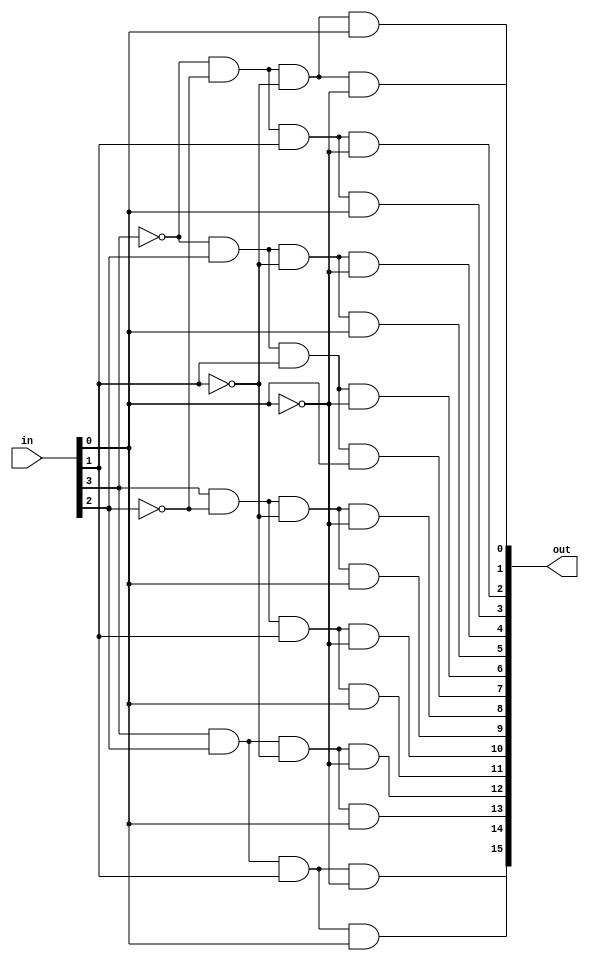
module Decoder4x16(in, out);
	input [3:0]in;
	output [15:0]out;
	
	assign out[0] = ~in[3]&~in[2]&~in[1]&~in[0];
	assign out[1] = ~in[3]&~in[2]&~in[1]& in[0];
	assign out[2] = ~in[3]&~in[2]& in[1]&~in[0];
	assign out[3] = ~in[3]&~in[2]& in[1]& in[0];
	assign out[4] = ~in[3]& in[2]&~in[1]&~in[0];
	assign out[5] = ~in[3]& in[2]&~in[1]& in[0];
	assign out[6] = ~in[3]& in[2]& in[1]&~in[0];
	assign out[7] = ~in[3]& in[2]& in[1]& in[0];
	assign out[8] =  in[3]&~in[2]&~in[1]&~in[0];
	assign out[9] =  in[3]&~in[2]&~in[1]& in[0];
	assign out[10]=  in[3]&~in[2]& in[1]&~in[0];
	assign out[11]=  in[3]&~in[2]& in[1]& in[0];
	assign out[12]=  in[3]& in[2]&~in[1]&~in[0];
	assign out[13]=  in[3]& in[2]&~in[1]& in[0];
	assign out[14]=  in[3]& in[2]& in[1]&~in[0];
	assign out[15]=  in[3]& in[2]& in[1]& in[0];	

endmodule